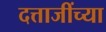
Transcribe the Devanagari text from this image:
दत्ताजींच्या